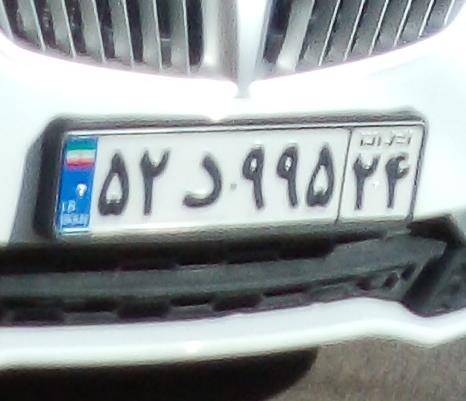
۵۲د۹۹۵۳۴